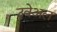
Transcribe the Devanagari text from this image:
उवेअल